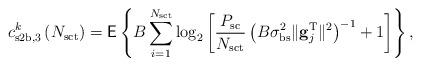
LaTeX: \begin{align*}c^k_{\mathrm{s2b},3} \left(N_{\mathrm{sct}}\right) = \mathsf{E} \left\lbrace B \sum_{i=1}^{N_{\mathrm{sct}}}\log_2\left[ \frac{P_{\mathrm{sc}}}{N_{\mathrm{sct}}} \left(B\sigma^2_{\mathrm{bs}} \|\mathbf{g}^\mathrm{T}_j \|^{2} \right)^{-1}+1 \right] \right\rbrace,\end{align*}